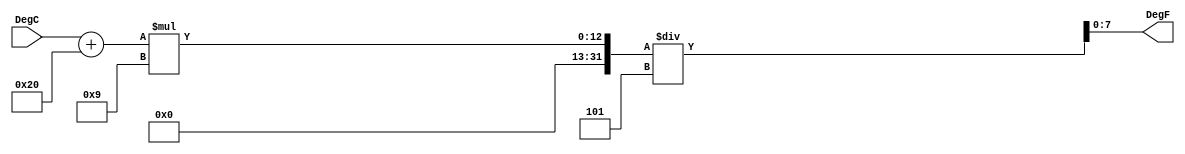
module task_calling(DegC, DegF);

  input [7:0] DegC;
  output [7:0] DegF;

  reg [7:0] DegF;

  task convert;
    input [7:0] C;
    output [7:0] F;
    begin
      F = (((C + 32) * 9) / 5);
    end
  endtask

  always @ (DegC)
  begin
    convert (DegC, DegF);
  end

endmodule